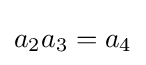
a_{2}a_{3}=a_{4}